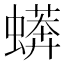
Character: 蠎